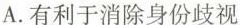
A. 有利于消除身份歧视